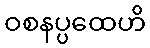
ဝစနပ္ပထေဟိ